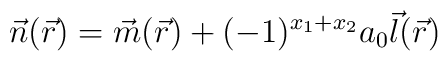
{\vec n}({\vec r}) = {\vec m} ({\vec r}) +                   (-1)^{x_1 +x_2} a_{0} {\vec l}({\vec r})